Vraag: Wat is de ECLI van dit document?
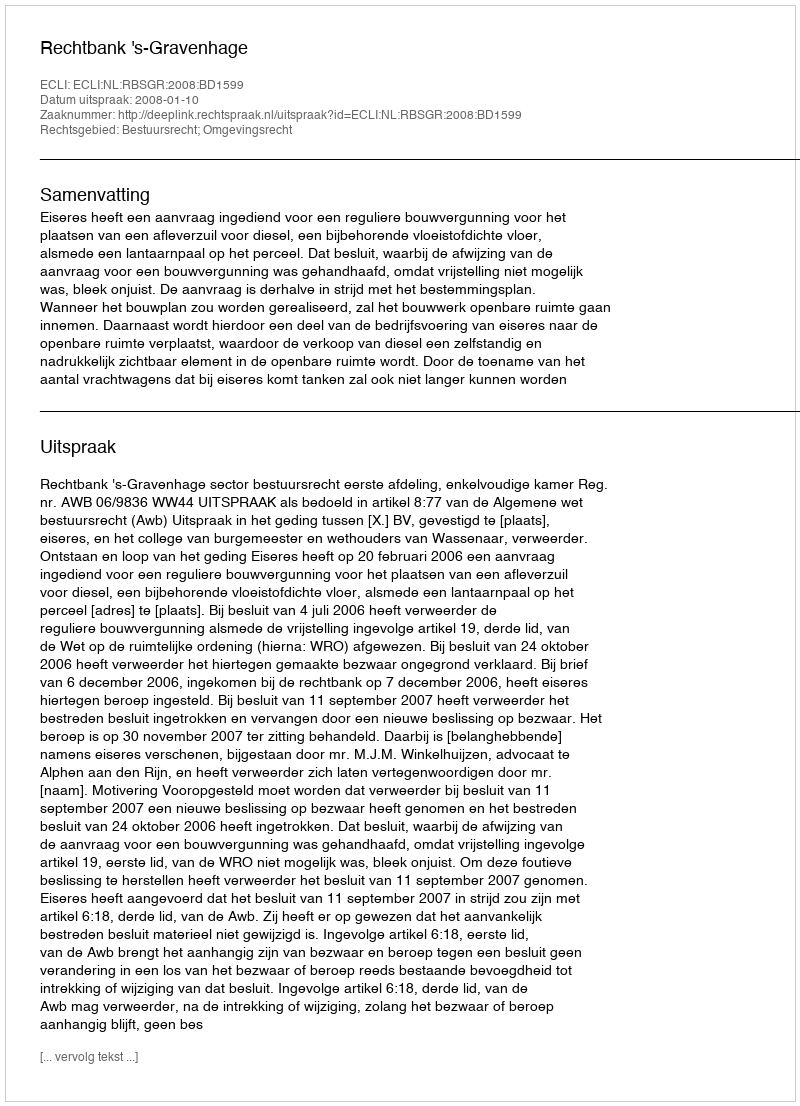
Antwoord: ECLI:NL:RBSGR:2008:BD1599